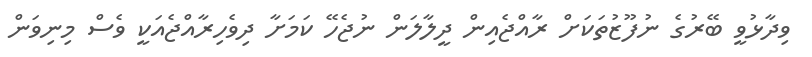
ވިދާޅުވީ ބޭރުގެ ނުފޫޒުތަކަށް ރާއްޖެއިން ދީލާލަން ނުޖެހޭ ކަމަށާ ދިވެހިރާއްޖެއަކީ ވެސް މިނިވަން